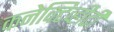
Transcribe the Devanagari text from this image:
कनेक्टिव्हीटी